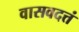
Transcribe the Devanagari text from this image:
वासवदत्तं